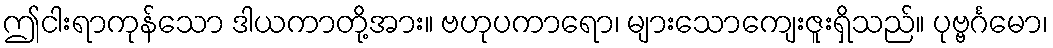
ဤငါးရာကုန်သော ဒါယကာတို့အား။ ဗဟုပကာရော၊ များသောကျေးဇူးရှိသည်။ ပုဗ္ဗင်္ဂမော၊